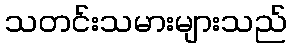
သတင်းသမားများသည်